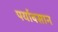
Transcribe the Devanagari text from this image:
पर्यावसान